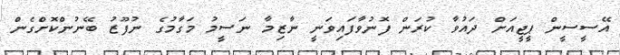
އޭސީސީން ޕީޖީއަށް ދައުވާ ކުރަން ފޮނުވާފައިވަނީ ނާޒިމާ ނަސީމު މަގާމުގެ ނުފޫޒު ބޭނުންކޮށްގެން